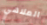
الملاهي